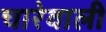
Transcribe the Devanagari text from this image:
चारेवाली